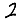
Digit: 2